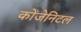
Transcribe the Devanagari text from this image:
कोंजेनिटल